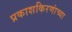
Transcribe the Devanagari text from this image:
प्रकाशकिरणांच्या